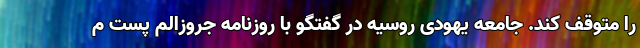
را متوقف کند. جامعه یهودی روسیه در گفتگو با روزنامه جروزالم پست م